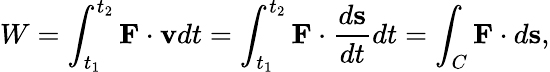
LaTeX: W=\int_{t_{1}}^{t_{2}}\mathbf{F}\cdot\mathbf{v}dt=\int_{t_{1}}^{t_{2}}\mathbf{F}\cdot{\frac{d\mathbf{s}}{dt}}dt=\int_{C}\mathbf{F}\cdot d\mathbf{s},